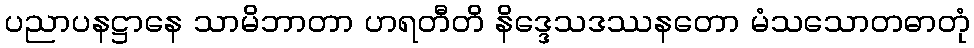
ပညာပနဋ္ဌာနေ သာမိဘာတာ ဟရတီတိ နိဒ္ဒေသဒဿနတော မံသသောတဓာတုံ